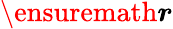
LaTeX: \ensuremath{\boldsymbol{r}}